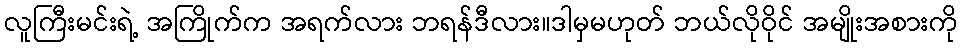
လူကြီးမင်းရဲ့ အကြိုက်က အရက်လား ဘရန်ဒီလား။ဒါမှမဟုတ် ဘယ်လိုဝိုင် အမျိုးအစားကို